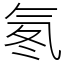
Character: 氡